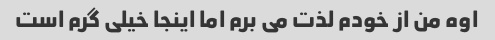
اوه من از خودم لذت می برم اما اینجا خیلی گرم است